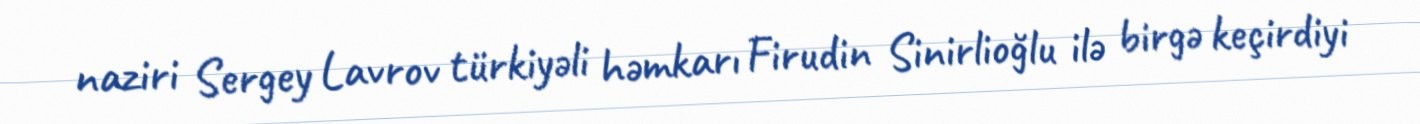
naziri Sergey Lavrov türkiyəli həmkarı Firudin Sinirlioğlu ilə birgə keçirdiyi